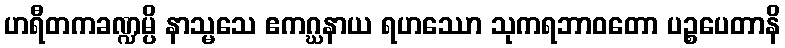
ဟရီတကခဏ္ဍမ္ပိ နာသ္မသေ ဧကဂ္ဃနာယ ရဟဿော သုကရဘာဝတော ပဉ္စပေတာနိ